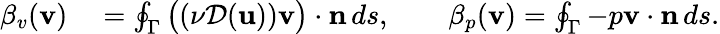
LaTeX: \begin{array}{rl}{\beta_{v}({\mathbf v})}&{{}=\oint_{\Gamma}\big((\nu{\mathcal{D}}({\mathbf u})){\mathbf v}\big)\cdot{\mathbf n}\, ds,\qquad\beta_{p}({\mathbf v})=\oint_{\Gamma}-p{\mathbf v}\cdot{\mathbf n}\, ds.}\end{array}